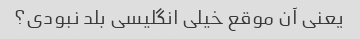
یعنی آن موقع خیلی انگلیسی بلد نبودی؟